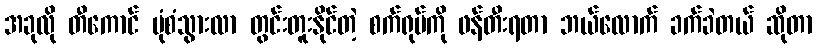
အခုလို တီကောင် ပုံစံသွားလာ တွင်းတူးနိုင်တဲ့ စက်ရုပ်ကို ဖန်တီးရတာ ဘယ်လောက် ခက်ခဲတယ် ဆိုတာ